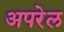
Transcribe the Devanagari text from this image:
अपरेल